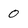
Character: 0